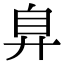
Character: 𢍂